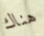
هناك